Punjab Mental Hospital Lahore 1922-31 - 1922-1931
Year: 1922
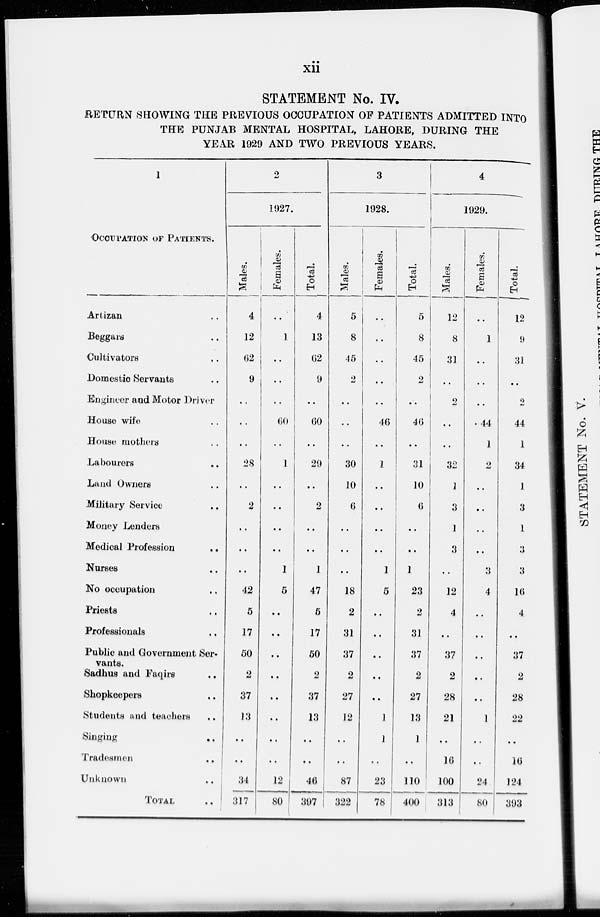
xii
STATEMENT No. IV.
RETURN SHOWING THE PREVIOUS OCCUPATION OF PATIENTS ADMITTED INTO
THE PUNJAB MENTAL HOSPITAL, LAHORE, DURING THE
YEAR 1929 AND TWO PREVIOUS YEARS.
1
OCCUPATION OF PATIENTS.
Artizan ..
Beggars ..
Cultivators ..
Domestic Servants ..
Engineer and Motor Driver
House wife ..
House mothers..
Labourers..
Land Owners..
Military Service..
Money Lenders..
Medical Profession
..
Nurses..
No occupation..
Priests..
Professionals..
Public and Government Ser-
vants.
Sadhus and Faqirs..
Shopkeepers..
Students and teachers
..
Singing..
Tradesmen..
Unknown..
TOTAL
2
1927.
Males.
4
12
62
9
..
..
..
28
..
2
..
..
..
42
5
17
50
2
37
13
..
..
34
317
Females.
..
1
..
..
..
60
..
1
..
..
..
..
1
5
..
..
..
..
..
..
..
..
12
80
Total.
4
13
62
9
..
60
..
29
..
2
..
..
1
47
5
17
50
2
37
13
..
..
46
397
3
1928.
Males.
5
8
45
2
..
..
..
30
10
6
..
..
..
18
2
31
37
2
27
12
..
..
87
322
Females.
..
..
..
..
..
46
..
1
..
..
..
..
1
5
..
..
..
..
..
1
1
..
23
78
Total.
5
8
45
2
..
46
..
31
10
6
..
..
1
23
2
31
37
2
27
13
1
..
110
400
4
1929.
Males.
12
8
31
..
2
..
..
32
1
3
1
3
..
12
4
..
37
2
28
21
..
16
100
313
Females.
..
1
..
..
..
44
1
2
..
..
..
..
3
4
..
..
..
..
..
1
..
..
24
80
Total.
12
9
31
..
2
44
1
34
1
3
1
3
3
16
4
..
37
2
28
22
..
16
124
393